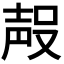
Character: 𭮶